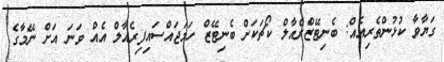
ގަޔާވާ ކުޅުންތެރިއެއް: ބެނިޓޭޒްރެއާލް ކޯޗަކަށް ބެނިޓޭޒް ހަމަޖައްސައިފިރެއާލް އެއް ވަނަ އަށް ނޭމާގެ